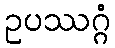
ဥပဿဂ္ဂံ